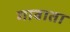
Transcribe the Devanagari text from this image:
गावाता